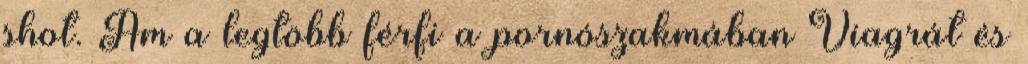
shot. Ám a legtöbb férfi a pornószakmában Viagrát és